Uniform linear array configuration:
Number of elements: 24
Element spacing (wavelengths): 0.5
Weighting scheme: hamming
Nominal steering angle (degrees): -30
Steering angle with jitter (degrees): -31.843
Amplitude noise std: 0.05
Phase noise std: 0.05

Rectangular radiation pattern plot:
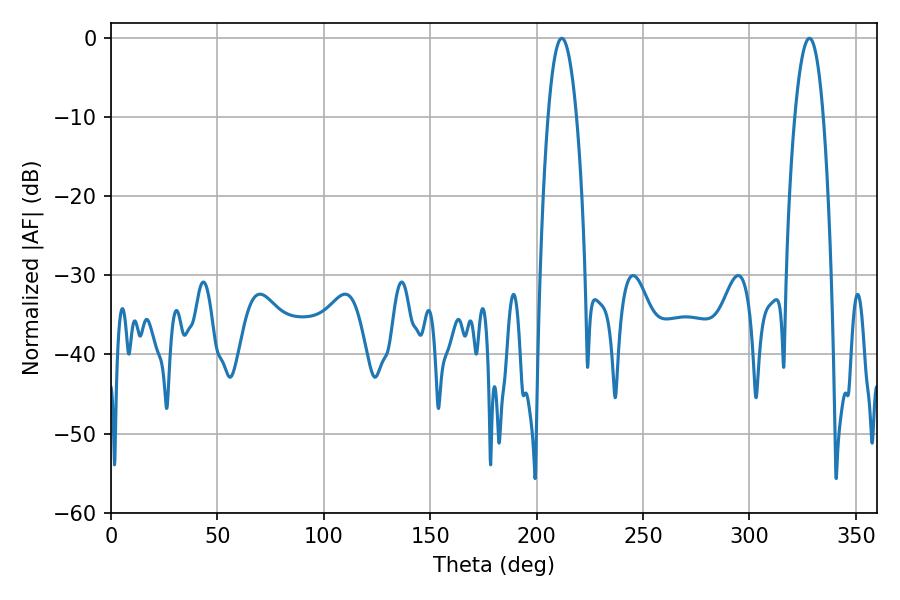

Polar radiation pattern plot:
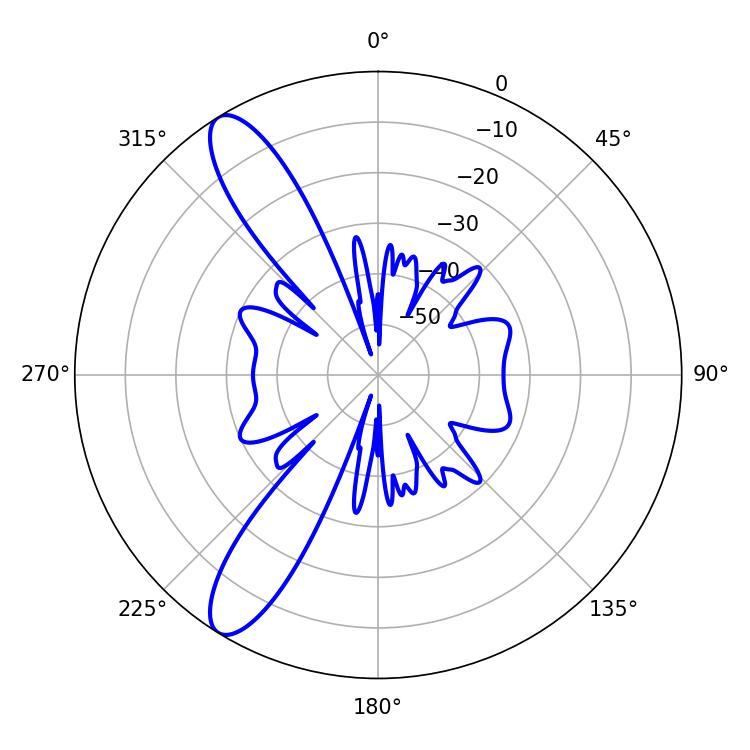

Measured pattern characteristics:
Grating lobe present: FALSE
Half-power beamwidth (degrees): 7.38
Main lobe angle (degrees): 211.86